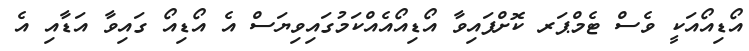
އޯޑިއޯއަކީ ވެސް ޓެމްޕަރ ކޮށްފައިވާ އޯޑިއޯއެއްކަމުގައިވިޔަސް އެ އޯޑިއޯ ގައިވާ އަޑާއި އެ